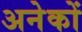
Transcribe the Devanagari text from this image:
अनेेकों